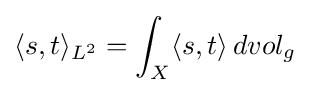
\langle s,t\rangle _{L^{2}}=\int _{X}\langle s,t\rangle \,dvol_{g}